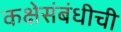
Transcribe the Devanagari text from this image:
कक्षेसंबंधीची